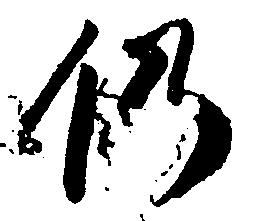
仍